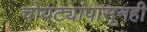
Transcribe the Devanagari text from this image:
चोयट्यांपासूनही